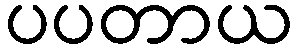
ပပတာယ